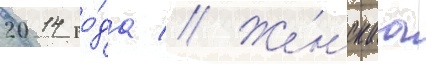
2014 го́да // Же́нскаа